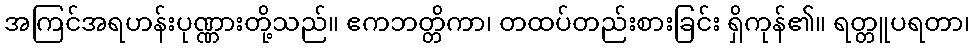
အကြင်အရဟန်းပုဏ္ဏားတို့သည်။ ဧကဘတ္တိကာ၊ တထပ်တည်းစားခြင်း ရှိကုန်၏။ ရတ္တူပရတာ၊